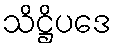
သိဋ္ဌိပဒေ